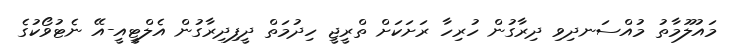
މައުލޫމާތު މުއްސަނދިވި ދިރާގުން ހުރިހާ ރަށަކަށް ތްރީޖީ ހިދުމަތް ދީފިދިރާގުން އެލްޓީއީ-އޭ ނެޓުވޯކުގެ